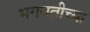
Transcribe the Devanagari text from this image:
भगवतीच्या